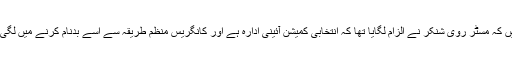
بتا دیں کہ مسٹر روی شنکر نے الزام لگایا تھا کہ انتخابی کمیشن آئینی ادارہ ہے اور کانگریس منظم طریقہ سے اسے بدنام کرنے میں لگی ہے۔